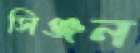
সিঞ্জন